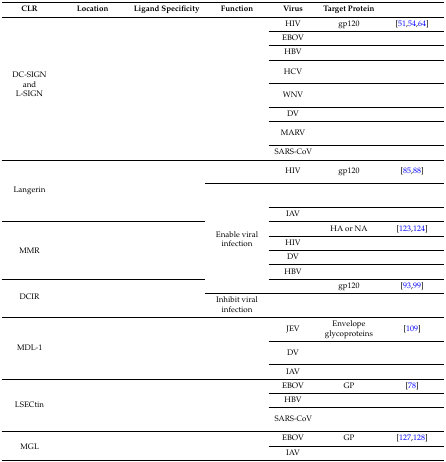
<table><thead><tr><td><b>CLR</b></td><td><b>Location</b></td><td><b>Ligand Specificity</b></td><td><b>Function</b></td><td><b>Virus</b></td><td><b>Target Protein</b></td><td>[EMPTY_CELL]</td></tr></thead><tbody><tr><td rowspan="8">DC-SIGNandL-SIGN</td><td rowspan="8">[EMPTY_CELL]</td><td rowspan="8">[EMPTY_CELL]</td><td rowspan="8">[EMPTY_CELL]</td><td>HIV</td><td>gp120</td><td>[51,54,64]</td></tr><tr><td>EBOV</td><td>[EMPTY_CELL]</td><td>[EMPTY_CELL]</td></tr><tr><td>HBV</td><td>[EMPTY_CELL]</td><td>[EMPTY_CELL]</td></tr><tr><td>HCV</td><td>[EMPTY_CELL]</td><td>[EMPTY_CELL]</td></tr><tr><td>WNV</td><td>[EMPTY_CELL]</td><td>[EMPTY_CELL]</td></tr><tr><td>DV</td><td>[EMPTY_CELL]</td><td>[EMPTY_CELL]</td></tr><tr><td>MARV</td><td>[EMPTY_CELL]</td><td>[EMPTY_CELL]</td></tr><tr><td>SARS-CoV</td><td>[EMPTY_CELL]</td><td>[EMPTY_CELL]</td></tr><tr><td rowspan="3">Langerin</td><td rowspan="3">[EMPTY_CELL]</td><td rowspan="3">[EMPTY_CELL]</td><td>[EMPTY_CELL]</td><td>HIV</td><td>gp120</td><td>[85,88]</td></tr><tr><td rowspan="7">Enable viral infection</td><td>[EMPTY_CELL]</td><td>[EMPTY_CELL]</td><td>[EMPTY_CELL]</td></tr><tr><td>IAV</td><td>[EMPTY_CELL]</td><td>[EMPTY_CELL]</td></tr><tr><td rowspan="4">MMR</td><td rowspan="4">[EMPTY_CELL]</td><td rowspan="4">[EMPTY_CELL]</td><td>[EMPTY_CELL]</td><td>HA or NA</td><td>[123,124]</td></tr><tr><td>HIV</td><td>[EMPTY_CELL]</td><td>[EMPTY_CELL]</td></tr><tr><td>DV</td><td>[EMPTY_CELL]</td><td>[EMPTY_CELL]</td></tr><tr><td>HBV</td><td>[EMPTY_CELL]</td><td>[EMPTY_CELL]</td></tr><tr><td rowspan="2">DCIR</td><td rowspan="2">[EMPTY_CELL]</td><td rowspan="2">[EMPTY_CELL]</td><td>[EMPTY_CELL]</td><td>gp120</td><td>[93,99]</td></tr><tr><td>Inhibit viral infection</td><td>[EMPTY_CELL]</td><td>[EMPTY_CELL]</td><td>[EMPTY_CELL]</td></tr><tr><td rowspan="3">MDL-1</td><td rowspan="3">[EMPTY_CELL]</td><td rowspan="3">[EMPTY_CELL]</td><td rowspan="3">[EMPTY_CELL]</td><td>JEV</td><td>Envelope glycoproteins</td><td>[109]</td></tr><tr><td>DV</td><td>[EMPTY_CELL]</td><td>[EMPTY_CELL]</td></tr><tr><td>IAV</td><td>[EMPTY_CELL]</td><td>[EMPTY_CELL]</td></tr><tr><td rowspan="3">LSECtin</td><td rowspan="3">[EMPTY_CELL]</td><td rowspan="3">[EMPTY_CELL]</td><td rowspan="3">[EMPTY_CELL]</td><td>EBOV</td><td>GP</td><td>[78]</td></tr><tr><td>HBV</td><td>[EMPTY_CELL]</td><td>[EMPTY_CELL]</td></tr><tr><td>SARS-CoV</td><td>[EMPTY_CELL]</td><td>[EMPTY_CELL]</td></tr><tr><td rowspan="2">MGL</td><td rowspan="2">[EMPTY_CELL]</td><td rowspan="2">[EMPTY_CELL]</td><td rowspan="2">[EMPTY_CELL]</td><td>EBOV</td><td>GP</td><td>[127,128]</td></tr><tr><td>IAV</td><td>[EMPTY_CELL]</td><td>[EMPTY_CELL]</td></tr></tbody></table>